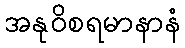
အနုဝိစရမာနာနံ